Report of the Bombay Veterinary College
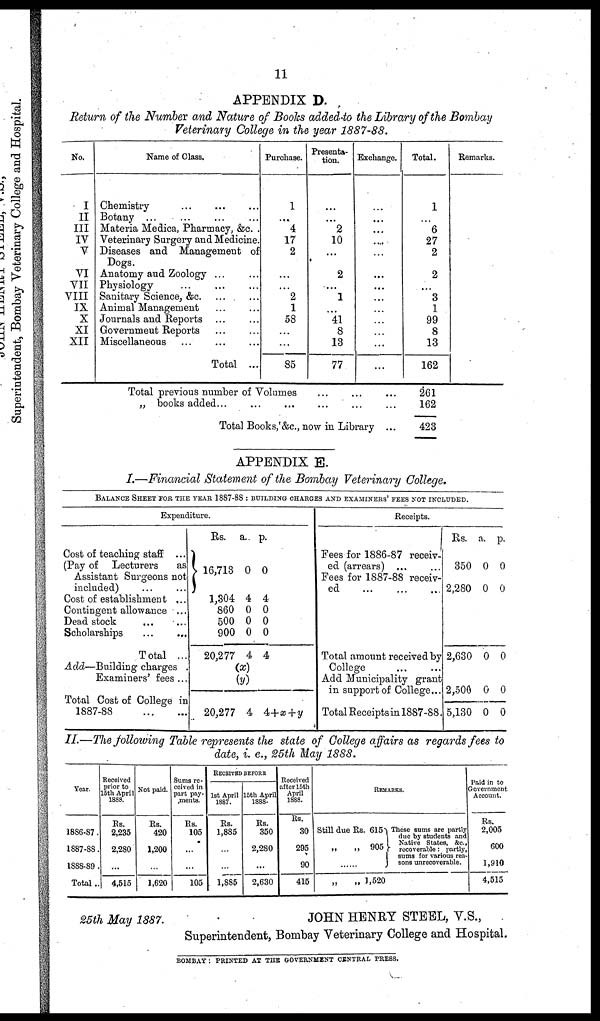
11
APPENDIX D.
Return of the Number and Nature of Books added to the Library of the Bombay
Veterinary College in the year 1887-88.
No.
I
II
III
IV
V
VI
VII
VIII
IX
X
XI
XII
Name of Class.
Chemistry
Botany
...
Materia Medica, Pharmacy, &c. .
Veterinary Surgery and Medicine.
Diseases and Management of
Dogs.
Anatomy and Zoology ... ...
Physiology ... ... ...
Sanitary Science, &c. ... ...
Animal Management ... ...
Journals and Reports ... ...
Government Reports ... ...
Miscellaneous ...
...
...
Total ...
Purchase.
1
...
4
17
2
...
...
2
1
58
...
...
85
Presenta-
tion.
...
...
2
10
...
2
...
1
...
41
8
13
77
Exchange.
...
...
...
...
...
...
...
...
...
...
...
...
...
Total.
1
...
6
27
2
2
3
1
99
8
13
162
Remarks.
Total previous number of Volumes
...
...
„ books added...
...
...
...
...
Total Books, &c., now in Library ...
261
162
423
APPENDIX E.
I.—Financial Statement of the Bombay Veterinary College.
BALANCE SHEET FOR THE YEAR 1887-88 : BUILDING CHARGES AND EXAMINERS' FEES NOT INCLUDED.
Expenditure.
Cost of teaching staff ...
(Pay of Lecturers
as
Assistant Surgeons not
included)
...
...
Cost of establishment ...
Contingent allowance ...
Dead stock
...
...
Scholarships
...
...
Total ...
Add—Building charges .
Examiners' fees ...
Total Cost of College in
1887-88
...
...
Rs. a.
}16,713
0
1,304 4
860 0
500 0
900 0
20,277 4
(x)
(y)
20,277 4
p.
0
4
0
0
0
4
4+x+y
Receipts.
Fees for 1886-87 receiv-
ed (arrears) ...
...
Fees for 1887-88 receiv-
ed
...
...
...
Total amount received by
College
...
...
Add Municipality grant
in support of College...
Total Receipts in 1887-88.
Rs.
350
2,280
2,630
2,500
5,130
a. p.
0 0
0 0
0 0
0 0
0 0
II.—The following Table represents the state of College affairs as regards fees to
date, i. e., 25th May 1888.
Year.
1886-87.
1887-88.
1888-89.
Total..
Received
prior to
15th April
1888.
Rs.
2,235
2,280
4,515
Not paid.
Rs.
420
1,200
1,620
Sums re-
ceived in
part pay-
ments.
Rs.
105
105
RECEIVED BEFORE
1st April
1887.
Rs.
1,885
1,885
15th April
1888.
Rs.
350
2,280
2,630
Received
after 15th
April
1888.
Rs.
30
295
90
415
REMARKS.
Still due Rs. 615
905
„
„
„
„ 1,520
These sums are partly
due by students and
Native States, &c.,
recoverable: partly,
sums for various rea-
sons unrecoverable.
Paid in to
Government
Account.
Rs.
2,005
600
1,910
4,515
25th May 1887.
JOHN HENRY STEEL, V.S.,
Superintendent, Bombay Veterinary College and Hospital.
BOMBAY : PRINTED AT THE GOVERNMENT CENTRAL PRESS.